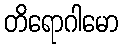
တိရောဂါမော